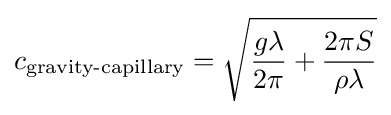
c_{\text{gravity-capillary}}={\sqrt {{\frac {g\lambda }{2\pi }}+{\frac {2\pi S}{\rho \lambda }}}}